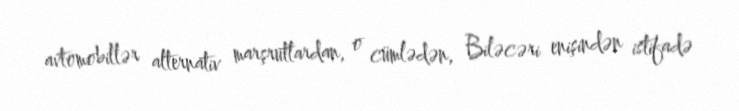
avtomobillər alternativ marşrutlardan, o cümlədən, Biləcəri enişindən istifadə